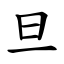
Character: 旦